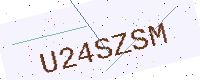
Text: U24SZSM